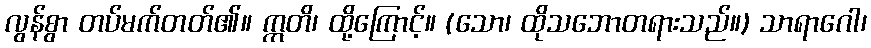
လွန်စွာ တပ်မက်တတ်၏။ ဣတိ၊ ထို့ကြောင့်။ (သော၊ ထိုသဘောတရားသည်။) သာရာဂေါ၊